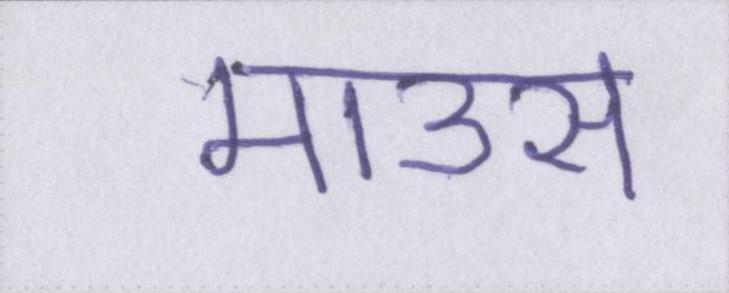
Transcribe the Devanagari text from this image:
माउस